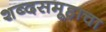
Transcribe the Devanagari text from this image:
शब्दसमूहाचा